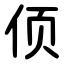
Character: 㑔